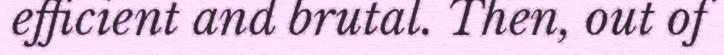
efficient and brutal. Then, out of